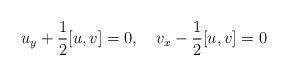
LaTeX: \begin{align*}u_y+\frac{1}{2}[u,v]=0,\ \ \ v_x-\frac{1}{2}[u,v]=0\end{align*}